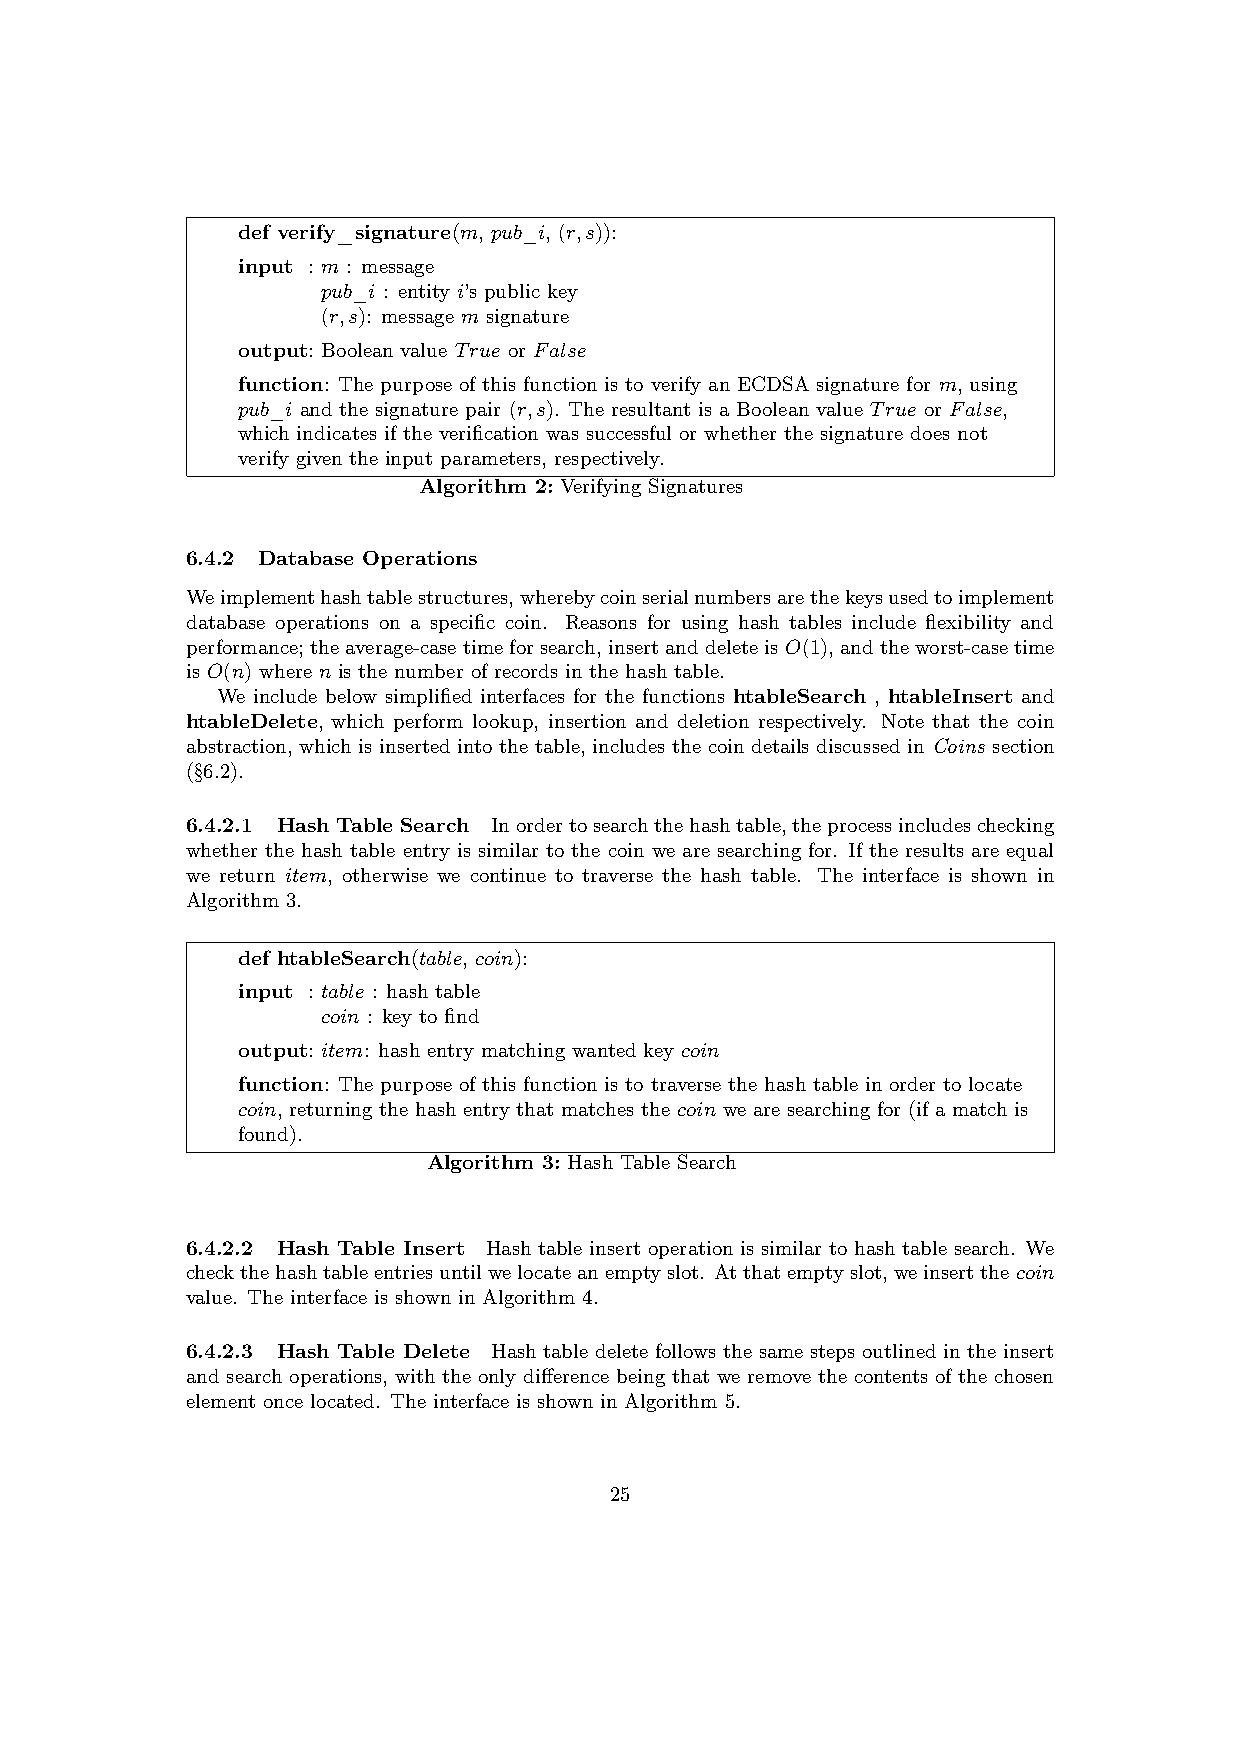
def verify_signature(m, pub_i, (r,s)):
 input : m : message
 pub_i : entity i’s public key
 (r,s): message m signature
 output: Boolean value True or False
 function: The purpose of this function is to verify an ECDSA signature for m, using
 pub_i and the signature pair (r,s). The resultant is a Boolean value True or False,
 which indicates if the verification was successful or whether the signature does not
 verify given the input parameters, respectively.
 Algorithm 2: Verifying Signatures
 6.4.2 Database Operations
 Weimplementhashtablestructures,wherebycoinserialnumbersarethekeysusedtoimplement
 database operations on a specific coin. Reasons for using hash tables include flexibility and
 performance; theaverage-casetimeforsearch, insertanddeleteisO(1), andtheworst-casetime
 is O(n) where n is the number of records in the hash table.
 We include below simplified interfaces for the functions htableSearch , htableInsert and
 htableDelete, which perform lookup, insertion and deletion respectively. Note that the coin
 abstraction, which is inserted into the table, includes the coin details discussed in Coins section
 (§6.2).
 6.4.2.1 Hash Table Search Inordertosearchthehashtable,theprocessincludeschecking
 whether the hash table entry is similar to the coin we are searching for. If the results are equal
 we return item, otherwise we continue to traverse the hash table. The interface is shown in
 Algorithm 3.
 def htableSearch(table, coin):
 input : table : hash table
 coin : key to find
 output: item: hash entry matching wanted key coin
 function: The purpose of this function is to traverse the hash table in order to locate
 coin, returning the hash entry that matches the coin we are searching for (if a match is
 found).
 Algorithm 3: Hash Table Search
 6.4.2.2 Hash Table Insert Hash table insert operation is similar to hash table search. We
 checkthehashtableentriesuntilwelocateanemptyslot. Atthatemptyslot,weinsertthecoin
 value. The interface is shown in Algorithm 4.
 6.4.2.3 Hash Table Delete Hash table delete follows the same steps outlined in the insert
 and search operations, with the only difference being that we remove the contents of the chosen
 element once located. The interface is shown in Algorithm 5.
 25